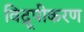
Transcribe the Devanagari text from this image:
विद्रूपीकरण